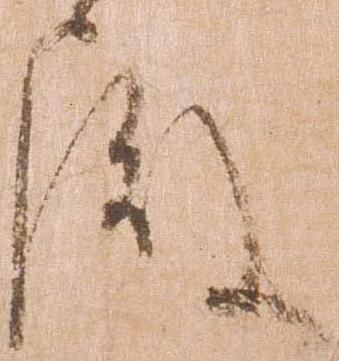
殿